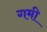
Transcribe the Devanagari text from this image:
गमी